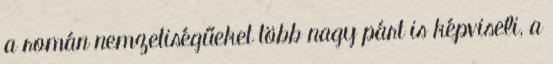
a román nemzetiségűeket több nagy párt is képviseli, a